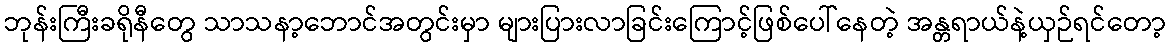
ဘုန်းကြီးခရိုနီတွေ သာသနာ့ဘောင်အတွင်းမှာ များပြားလာခြင်းကြောင့်ဖြစ်ပေါ်နေတဲ့ အန္တရာယ်နဲ့ယှဉ်ရင်တော့